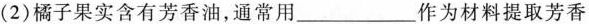
（2）橘子果实含有芳香油，通常用___作为材料提取芳香